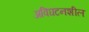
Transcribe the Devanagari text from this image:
अविघटनशील